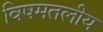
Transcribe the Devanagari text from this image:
विषमतलीय